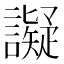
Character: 譺